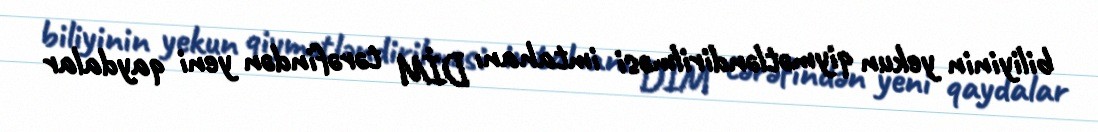
biliyinin yekun qiymətləndirilməsi imtahanı DİM tərəfindən yeni qaydalar